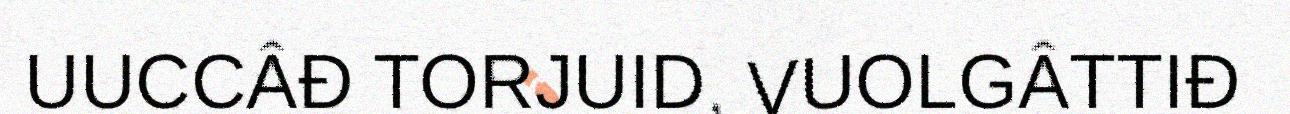
UUCCÂĐ TORJUID, VUOLGÂTTIĐ